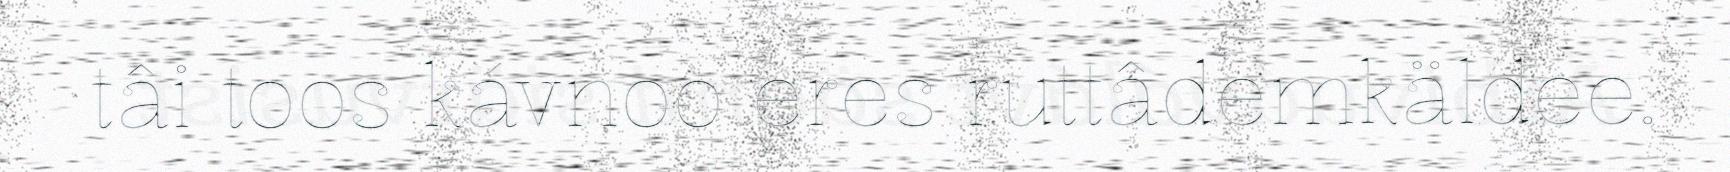
tâi toos kávnoo eres ruttâdemkäldee.